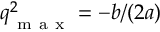
\boldsymbol q _ { \mathrm { ~ m ~ a ~ x ~ } } ^ { 2 } = - b / ( 2 a )